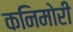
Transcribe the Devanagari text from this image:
कनिमोरी